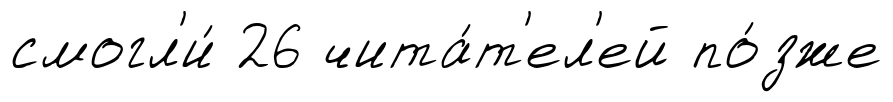
смогл'и́ 26 чита́т'ел'ей по́зже